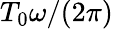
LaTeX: T_{0}\omega/(2\pi)